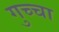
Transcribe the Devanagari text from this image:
गुच्चा